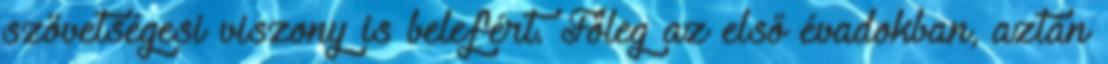
szövetségesi viszony is belefért. Főleg az első évadokban, aztán